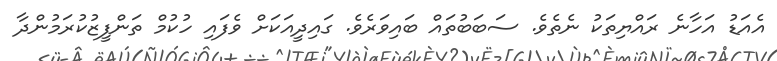
އެއަޑު އަހާނެ ރައްޔިތަކު ނެތެވެ. ސަބަބުތައް ބައިވަރެވެ. ގައިދީއަކަށް ވެފައި ހުކުމް ތަންފީޒުކުރަމުންދާ